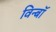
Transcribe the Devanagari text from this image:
विन्बॉ